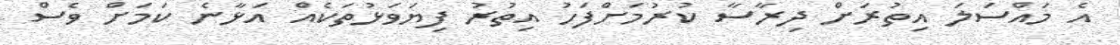
އެ މައްސަލަ އިތުރަށް ދިރާސާ ކުރުމަށްފަހު އިތުރު ފިޔަވަޅުތަކެއް އަޅާނެ ކަމަށް ވެސް